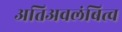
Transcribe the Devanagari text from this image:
अतिअवलंबित्व